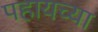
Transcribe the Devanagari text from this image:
पहायच्या